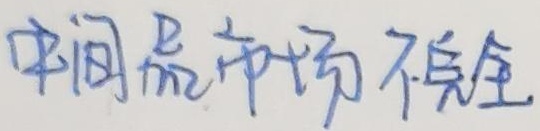
中间品市场不健全